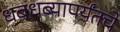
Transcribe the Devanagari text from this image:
धबधब्यापर्यंतचे